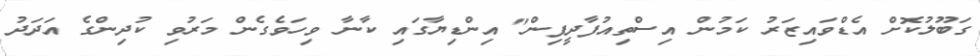
ގަބޫލުކޮށް އެޑްވައިޒަރު ކަމުން އިސްތިއުފާދީފިން" އިންޑިޔާގައި ކާނާ ވިހަވެގެން މަރުވި ކުދިންގެ އަދަދު